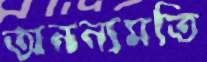
অনন্যমতি